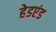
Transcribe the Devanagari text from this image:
हेडएंड